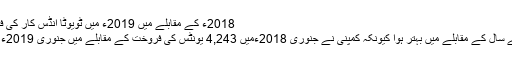
2018ء کے مقابلے میں 2019ء میں ٹویوٹا انڈس کار کی فروخت کی تمام تفصیلات نیچے دی گئی ہیں:
ٹویوٹا کرولا کے لیے اِس سال کا آغاز پچھلے سال کے مقابلے میں بہتر ہوا کیونکہ کمپنی نے جنوری 2018ءمیں 4,243 یونٹس کی فروخت کے مقابلے میں جنوری 2019ء میں ٹویوٹا کرولا کے 5,353 یونٹس بیچے۔